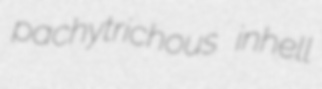
pachytrichous inhell